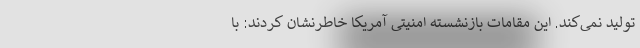
تولید نمی‌کند. این مقامات بازنشسته امنیتی آمریکا خاطرنشان کردند: با